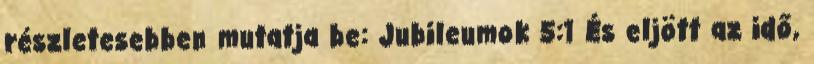
részletesebben mutatja be: Jubileumok 5:1 És eljött az idő,